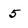
Character: 5